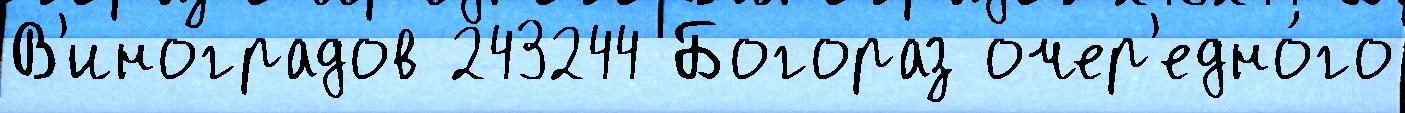
В'иноградов 243244 Богораз очер'едно́го